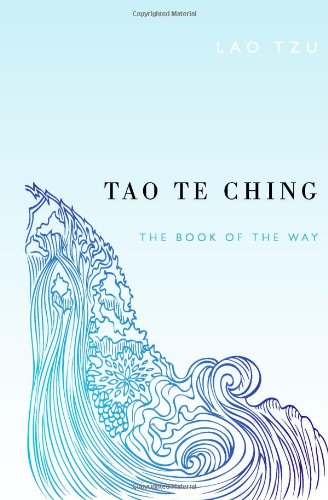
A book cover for Tao Te Ching; Lao Tzu; Religion & Spirituality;